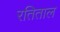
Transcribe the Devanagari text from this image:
रतिताल